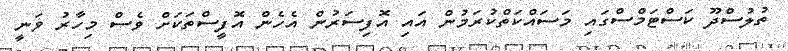
ތުލުސްދޫ ކަސްޓަމްސްގައި މަސައްކަތްކުރަމުން އައި އޮފިސަރުން އެހެން އޮފީސްތަކަށް ވެސް މިހާރު ވަނީ